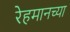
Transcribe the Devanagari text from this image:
रेहमानच्या